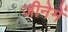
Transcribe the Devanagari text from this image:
जीनेमें